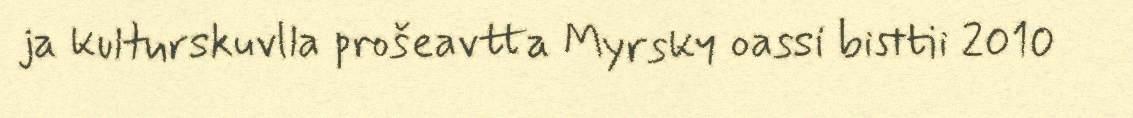
ja kulturskuvlla prošeavtta Myrsky oassi bisttii 2010